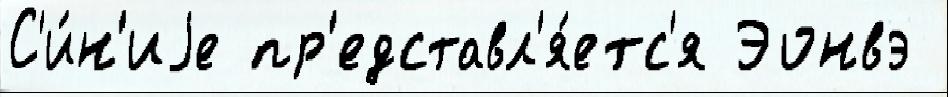
С'и́н'иjе пр'едставл'я́етс'я Эонвэ